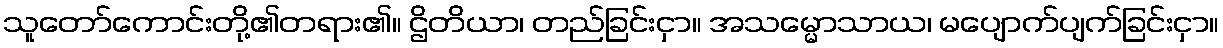
သူတော်ကောင်းတို့၏တရား၏။ ဌိတိယာ၊ တည်ခြင်းငှာ။ အသမ္မောသာယ၊ မပျောက်ပျက်ခြင်းငှာ။